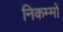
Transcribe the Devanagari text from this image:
निकम्मों